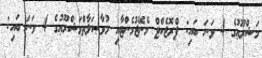
މަޝްރޫޢުގެ 4 ވަނަ ބައި: ޕްރޮޖެކްޓް މެނޭޖުމެންޓާއި މުވާޞަލާތްމަޝްރޫޢުގެ 4 ވަނަ ބައި: